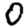
Digit: 0